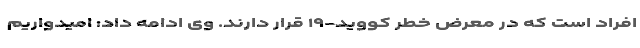
افراد است که در معرض خطر کووید-۱۹ قرار دارند. وی ادامه داد: امیدواریم